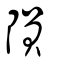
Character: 隕